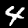
Digit: 4